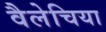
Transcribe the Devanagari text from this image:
वैलेचिया